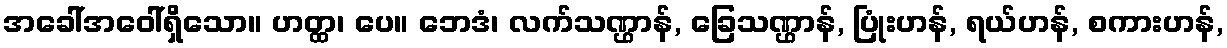
အခေါ်အဝေါ်ရှိသော။ ဟတ္ထ၊ ပေ။ ဘေဒံ၊ လက်သဏ္ဌာန်, ခြေသဏ္ဌာန်, ပြုံးဟန်, ရယ်ဟန်, စကားဟန်,